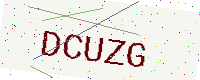
Text: DCUZG